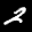
Label: 2